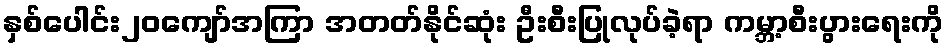
နှစ်ပေါင်း၂၀ကျော်အကြာ အတတ်နိုင်ဆုံး ဦးစီးပြုလုပ်ခဲ့ရာ ကမ္ဘာ့စီးပွားရေးကို